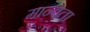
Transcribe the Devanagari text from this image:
मान्वता